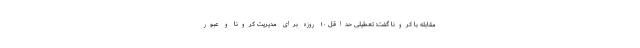
مقابله با کرونا گفت: تعطیلی حداقل ۱۰ روزه برای مدیریت کرونا و عبور